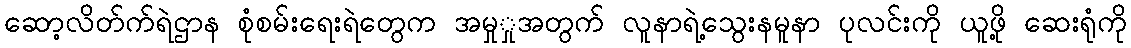
ဆော့လိတ်က်ရဲဌာန စုံစမ်းရေးရဲတွေက အမှုှုအတွက် လူနာရဲ့သွေးနမူနာ ပုလင်းကို ယူဖို့ ဆေးရုံကို